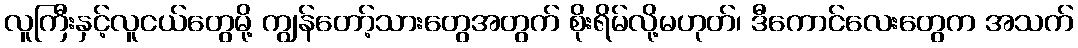
လူကြီးနှင့်လူငယ်တွေမို့ ကျွန်တော့်သားတွေအတွက် စိုးရိမ်လို့မဟုတ်၊ ဒီကောင်လေးတွေက အသက်